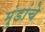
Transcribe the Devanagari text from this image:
मुंडांचे